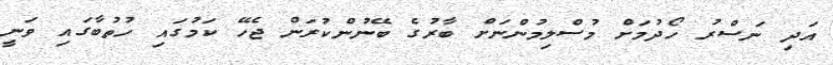
އަދި ނަސްރު ހޯދުމަށް މުސްލިމުންނަށް ބާރުގެ ބޭނުންކުރަން ޖެހޭ ކަމުގައި ހުތުބާގައި ވަނީ